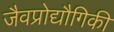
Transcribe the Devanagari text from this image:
जैवप्रोद्यौगिकी